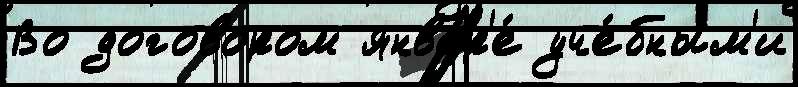
Во договором январ'е́ уче́бным'и